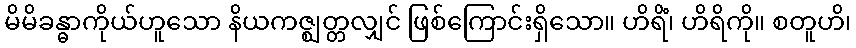
မိမိခန္ဓာကိုယ်ဟူသော နိယကဇ္ဈတ္တလျှင် ဖြစ်ကြောင်းရှိသော။ ဟိရိံ၊ ဟိရိကို။ စတူဟိ၊